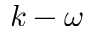
k - \omega